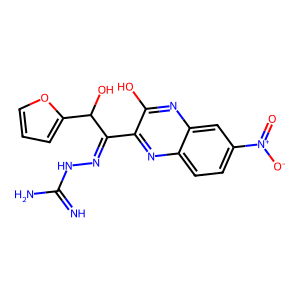
SMILES: N=C(N)NN=C(c1nc2ccc([N+](=O)[O-])cc2nc1O)C(O)c1ccco1
Inhibits HIV replication: No